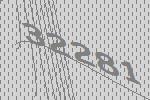
32281